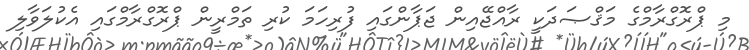
މި ޕްރޮގްރާމްގެ މަޤްޞަދަކީ ރާއްޖޭއިން ޖަޕާންގައި ފުރިހަމަ ކުރި ތަމްރީން ޕްރޮގްރާމްގައި އެކުލަވާލި